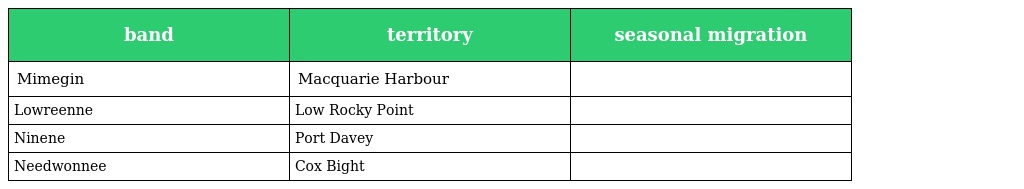
| band | territory | seasonal migration |
 | --- | --- | --- |
 | Mimegin | Macquarie Harbour |  |
 | Lowreenne | Low Rocky Point |  |
 | Ninene | Port Davey |  |
 | Needwonnee | Cox Bight |  |